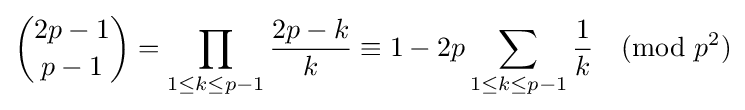
{2p-1 \choose p-1}=\prod _{1\leq k\leq p-1}{\frac {2p-k}{k}}\equiv 1-2p\sum _{1\leq k\leq p-1}{\frac {1}{k}}{\pmod {p^{2}}}